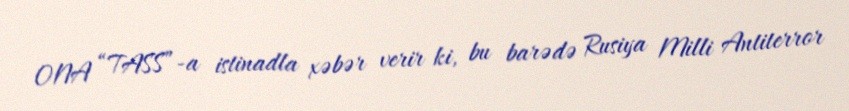
ONA “TASS”-a istinadla xəbər verir ki, bu barədə Rusiya Milli Antiterror